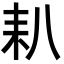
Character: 𦓧